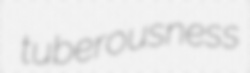
tuberousness